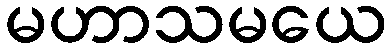
မဟာသမယေ